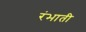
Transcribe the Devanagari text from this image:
रंभाती